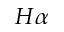
H \alpha